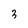
Character: 3